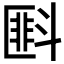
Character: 𪯭